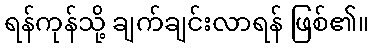
ရန်ကုန်သို့ ချက်ချင်းလာရန် ဖြစ်၏။